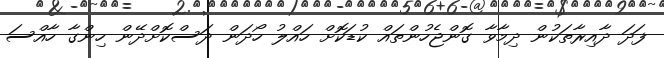
ފަދަ ދާއިރާތަކުން ދިމާވާ ގޮންޖެހުންތައް ކުޑަކޮށް ހައްލު ހޯދަން ދަސްކޮށްދޭން ހިންގާ ހާއްސަ